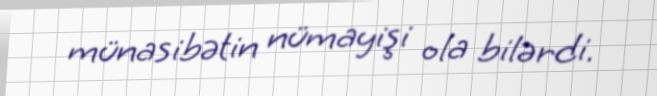
münasibətin nümayişi ola bilərdi.